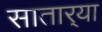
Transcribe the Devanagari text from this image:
सातार्‍या